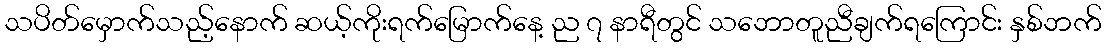
သပိတ်မှောက်သည့်နောက် ဆယ့်ကိုးရက်မြောက်နေ့ ည ၇ နာရီတွင် သဘောတူညီချက်ရကြောင်း နှစ်ဘက်